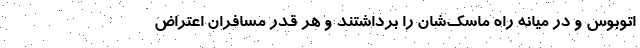
اتوبوس و در میانه راه ماسک‌شان را برداشتند و هر قدر مسافران اعتراض